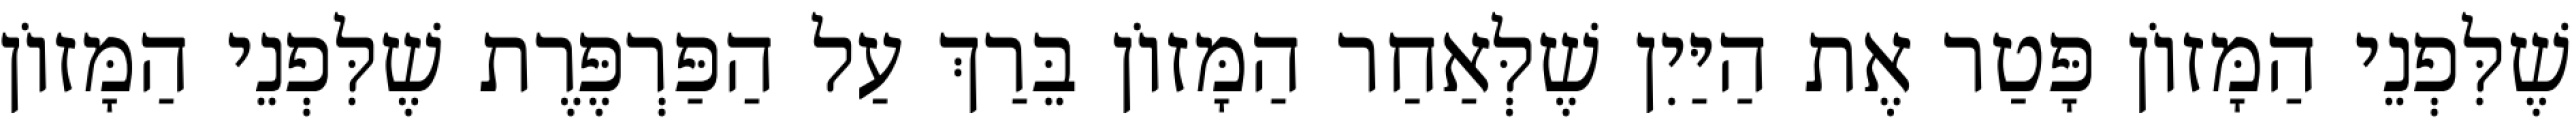
שֶׁלִּפְנֵי הַמָּזוֹן פָּטַר אֶת הַיַּיִן שֶׁלְּאַחַר הַמָּזוֹן בֵּרַךְ עַל הַפַּרְפֶּרֶת שֶׁלִּפְנֵי הַמָּזוֹן